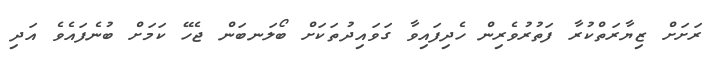
ރަށަށް ޒިޔާރަތްކުރާ ފަތުރުވެރިން ހެދިފައިވާ ގަވައިދުތަކަށް ބޯލަނބަން ޖެހޭ ކަމަށް ބުނެފައެވެ އަދި